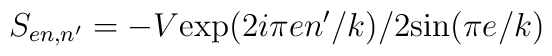
S_{en,n'}=-V\mbox{exp}(2i\pi en'/k)/2\mbox{sin}(\pi e/k)